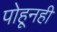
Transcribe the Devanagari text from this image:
पोहूनही